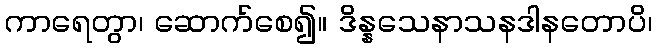
ကာရေတွာ၊ ဆောက်စေ၍။ ဒိန္နသေနာသနဒါနတောပိ၊